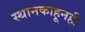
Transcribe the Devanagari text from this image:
स्थानकांहूनही